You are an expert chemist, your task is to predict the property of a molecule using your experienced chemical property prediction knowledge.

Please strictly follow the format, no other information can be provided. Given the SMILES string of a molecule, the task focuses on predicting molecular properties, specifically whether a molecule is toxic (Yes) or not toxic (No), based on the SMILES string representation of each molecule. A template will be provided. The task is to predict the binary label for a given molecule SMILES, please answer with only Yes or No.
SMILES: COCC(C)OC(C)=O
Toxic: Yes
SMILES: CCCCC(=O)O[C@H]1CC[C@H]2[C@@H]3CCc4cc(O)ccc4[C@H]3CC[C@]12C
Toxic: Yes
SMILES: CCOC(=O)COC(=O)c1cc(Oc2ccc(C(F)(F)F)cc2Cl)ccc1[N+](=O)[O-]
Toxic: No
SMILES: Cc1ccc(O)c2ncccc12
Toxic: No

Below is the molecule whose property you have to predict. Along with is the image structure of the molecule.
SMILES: C[C@H]1[C@H](NC(=O)C(=NOC(C)(C)C(=O)O)c2csc(N)n2)C(=O)N1S(=O)(=O)O
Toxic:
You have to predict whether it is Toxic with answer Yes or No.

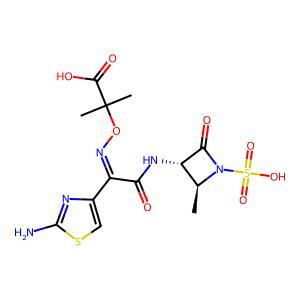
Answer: No